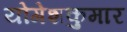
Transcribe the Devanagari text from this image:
योगेशकुमार